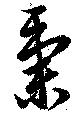
秉